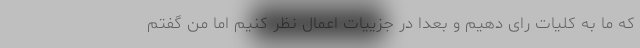
که ما به کلیات رای دهیم و بعدا در جزییات اعمال نظر کنیم اما من گفتم